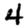
Digit: 4